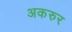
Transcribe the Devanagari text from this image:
अकरुर